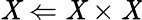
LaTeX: \mathit{X}\Leftarrow\mathit{X}\times\mathit{X}